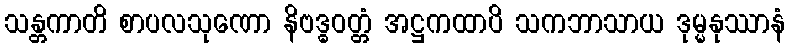
သန္တကာတိ စာပလသုဏော နိဗဒ္ဓဝတ္တံ အဋ္ဌကထာပိ သကဘာသာယ ဒုမ္မနုဿာနံ